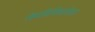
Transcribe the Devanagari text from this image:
जैवविविधतेला